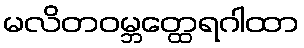
မလိတဝမ္ဘတ္ထေရဂါထာ